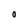
Character: 0